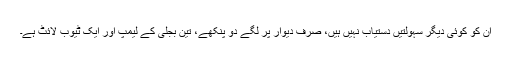
ان کو کوئی دیگر سہولتیں دستیاب نہیں ہیں، صرف دیوار پر لگے دو پنکھے، تین بجلی کے لیمپ اور ایک ٹیوب لائٹ ہے۔